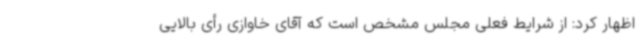
اظهار کرد: از شرایط فعلی مجلس مشخص است که آقای خاوازی رأی بالایی